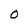
Character: O